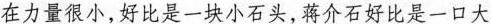
在力量很小，好比是一块小石头，蒋介石好比是一口大